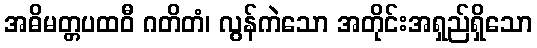
အဓိမတ္တပထဝီ ဂတိတံ၊ လွန်ကဲသော အတိုင်းအရှည်ရှိသော